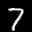
Label: 7